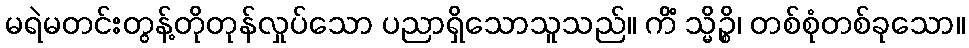
မရဲမတင်းတွန့်တိုတုန်လှုပ်သော ပညာရှိသောသူသည်။ ကိံ သ္မိဉ္စိ၊ တစ်စုံတစ်ခုသော။